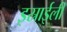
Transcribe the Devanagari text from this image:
इस्राईली